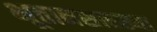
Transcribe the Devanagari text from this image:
भूतानसारख्या